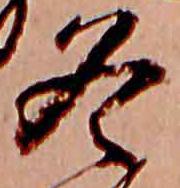
冬